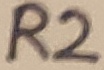
Text: R2